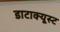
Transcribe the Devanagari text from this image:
डाटाक्यूस्ट